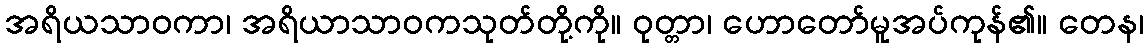
အရိယသာဝကာ၊ အရိယာသာဝကသုတ်တို့ကို။ ဝုတ္တာ၊ ဟောတော်မူအပ်ကုန်၏။ တေန၊